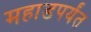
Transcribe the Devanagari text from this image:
महाडपर्यंत